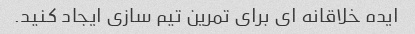
ایده خلاقانه ای برای تمرین تیم سازی ایجاد کنید.